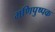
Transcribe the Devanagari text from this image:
मणिपुष्पक